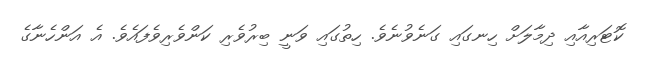
ކޮޓަރިއާއި ދިމާލަށް ހިނގައި ގަނެވުނެވެ. ހިތުގައި ވަނީ ބިރުވެރި ކަންވެރިވެފައެވެ. އެ އަންހެނާގެ